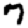
Digit: 7